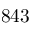
8 4 3